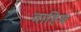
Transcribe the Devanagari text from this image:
वाहिब